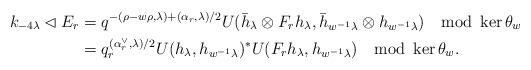
LaTeX: \begin{align*}k_{-4\lambda}\lhd E_r&=q^{-(\rho-w\rho,\lambda)+(\alpha_r,\lambda)/2}U(\bar h_\lambda\otimes F_r h_\lambda,\bar h_{w^{-1}\lambda}\otimes h_{w^{-1}\lambda}) \mod\ker\theta_w\\&=q_r^{(\alpha_r^\vee,\lambda)/2}U(h_\lambda,h_{w^{-1}\lambda})^*U(F_rh_\lambda,h_{w^{-1}\lambda})\mod\ker\theta_w.\end{align*}